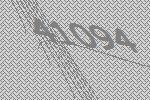
41094